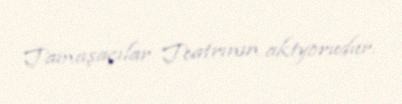
Tamaşaçılar Teatrının aktyorudur.